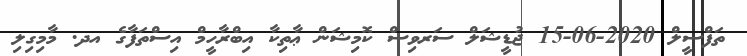
ތަފްސީލް 2020-06-15 ޖުޑީޝަލް ސަރވިސް ކޮމިޝަން ޢާތިކާ އިބްރާހީމް އިސްތަފާގެ އދ. މާމިގިލި